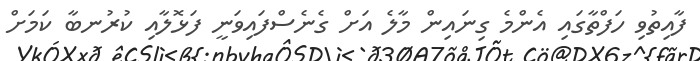
ފާއިތުވި ހަފްތާގައި އެންމެ ގިނައިން މާލެ އަށް ގެނެސްފައިވަނީ ފަޅޮލާއި ކުރުނބާ ކަމަށް